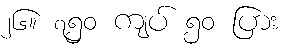
၂၆။ ၇၅၀ ကျပ် ၅၀ ပြား